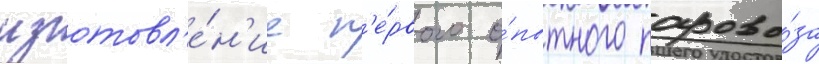
изготовл'е́н'ие п'е́рвого о́пытного парово́за